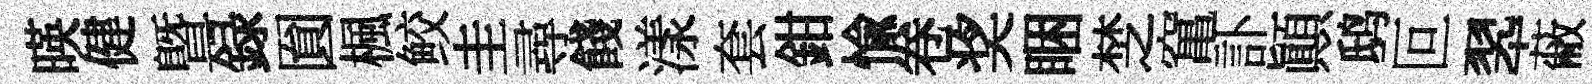
暎健暨録圎楓鲛圭尋餞漾套鉗愉卷奖睏椘𥧄訃顚鸱叵翆蔽